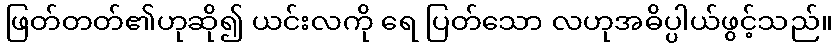
ဖြတ်တတ်၏ဟုဆို၍ ယင်းလကို ရေ ပြတ်သော လဟုအဓိပ္ပါယ်ဖွင့်သည်။